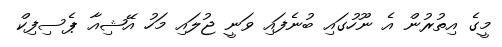
މީގެ އިތުރުން އެ ނޫހުގައި ބުނެފައި ވަނީ ޖުލައި މަހު އޭޝިއާ ޕެސިފިކް